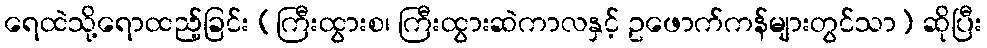
ရေထဲသို့ရောထည့်ခြင်း (ကြီးထွားစ၊ ကြီးထွားဆဲကာလနှင့် ဥဖောက်ကန်များတွင်သာ) ဆိုပြီး